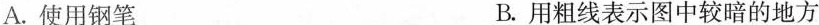
A.使用钢笔 B.用粗线表示图中较暗的地方